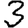
Digit: 3